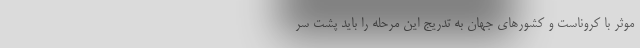
موثر با کروناست و کشورهای جهان به تدریج این مرحله را باید پشت سر